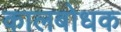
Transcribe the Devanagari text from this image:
कालबोधक